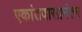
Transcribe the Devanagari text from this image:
एकांतवासानंतर